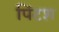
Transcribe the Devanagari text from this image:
पिंटश